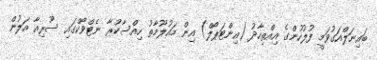
ބައިނަލްއަގުވަމީ ފުލުހުންގެ އިއްތިހާދު (އިންޓަޕޯލް) އިން މައުލޫމާތު ހިއްސާކުރާ ނެޓްވޯކްގައި ސޫރިއާ އަލުން